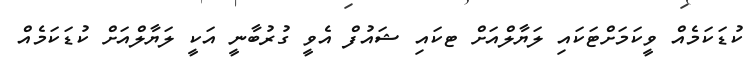
ކުޑަކަމެއް ވީކަމަށްޓަކައި ލަޔާލްއަށް ޓކައި ޝައުފް އެވީ ގުރުބާނީ އަކީ ލަޔާލްއަށް ކުޑަކަމެއް